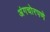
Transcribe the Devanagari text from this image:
अंगचोरपणे